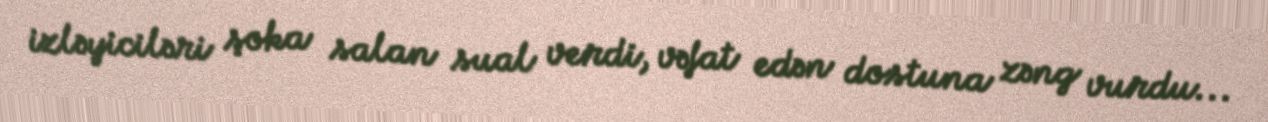
izləyiciləri şoka salan sual verdi, vəfat edən dostuna zəng vurdu...